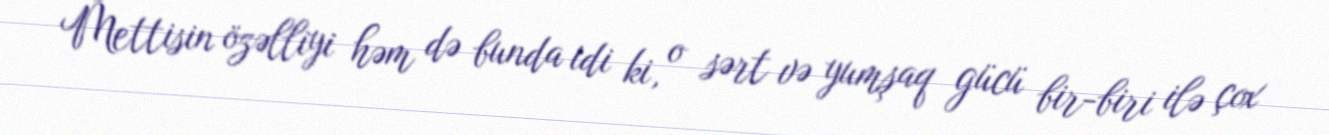
Mettisin özəlliyi həm də bunda idi ki, o sərt və yumşaq gücü bir-biri ilə çox